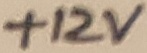
Text: +12V